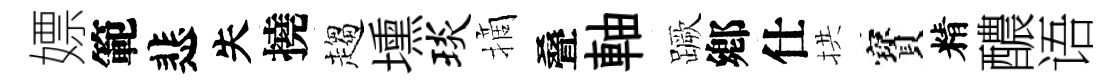
嫖範悲失撓趨壎琰摘叠軸蹶鄕仕拱寳精醲语